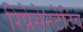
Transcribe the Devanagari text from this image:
रिप्रेसेनटेटिव